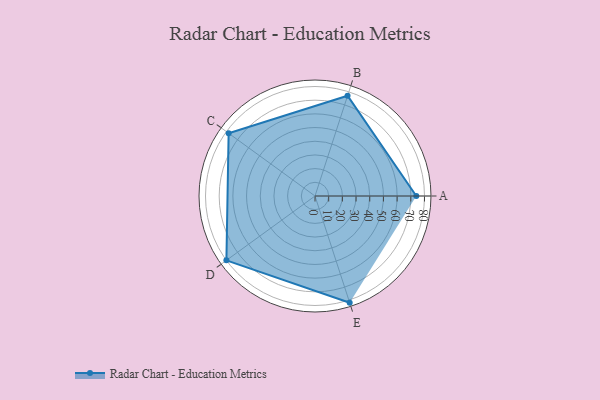
{"axis": {"x": "Skill", "y": "Score"}, "legend": ["Profile"], "data": [{"x": "A", "y": 74.0, "type": "Profile"}, {"x": "B", "y": 77.0, "type": "Profile"}, {"x": "C", "y": 78.0, "type": "Profile"}, {"x": "D", "y": 80.0, "type": "Profile"}, {"x": "E", "y": 82.0, "type": "Profile"}]}